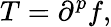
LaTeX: T=\partial^{p}f,